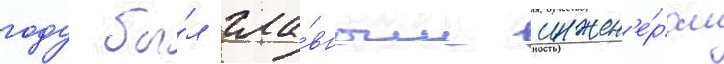
году бы́л гла́вным инжен'е́ром